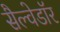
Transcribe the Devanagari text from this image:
सैल्वेडॉर